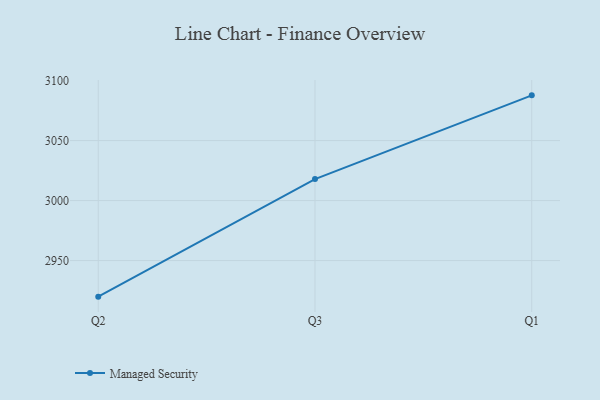
{"axis": {"x": "Quarter", "y": "Demand Index"}, "legend": ["Managed Security"], "data": [{"x": "Q2", "y": 2919.9, "type": "Managed Security"}, {"x": "Q3", "y": 3017.9, "type": "Managed Security"}, {"x": "Q1", "y": 3087.7, "type": "Managed Security"}]}